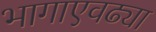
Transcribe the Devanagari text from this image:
भागाएवढ्या